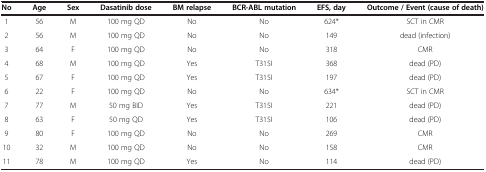
<table><thead><tr><td><b>No</b></td><td><b>Age</b></td><td><b>Sex</b></td><td><b>Dasatinib dose</b></td><td><b>BM relapse</b></td><td><b>BCR-ABL mutation</b></td><td><b>EFS, day</b></td><td><b>Outcome / Event (cause of death)</b></td></tr></thead><tbody><tr><td>1</td><td>56</td><td>M</td><td>100 mg QD</td><td>No</td><td>No</td><td>624*</td><td>SCT in CMR</td></tr><tr><td>2</td><td>56</td><td>M</td><td>100 mg QD</td><td>No</td><td>No</td><td>149</td><td>dead (infection)</td></tr><tr><td>3</td><td>64</td><td>F</td><td>100 mg QD</td><td>No</td><td>No</td><td>318</td><td>CMR</td></tr><tr><td>4</td><td>68</td><td>M</td><td>100 mg QD</td><td>Yes</td><td>T315I</td><td>368</td><td>dead (PD)</td></tr><tr><td>5</td><td>67</td><td>F</td><td>100 mg QD</td><td>Yes</td><td>T315I</td><td>197</td><td>dead (PD)</td></tr><tr><td>6</td><td>22</td><td>F</td><td>100 mg QD</td><td>No</td><td>No</td><td>634*</td><td>SCT in CMR</td></tr><tr><td>7</td><td>77</td><td>M</td><td>50 mg BID</td><td>Yes</td><td>T315I</td><td>221</td><td>dead (PD)</td></tr><tr><td>8</td><td>63</td><td>F</td><td>50 mg QD</td><td>Yes</td><td>T315I</td><td>106</td><td>dead (PD)</td></tr><tr><td>9</td><td>80</td><td>F</td><td>100 mg QD</td><td>No</td><td>No</td><td>269</td><td>CMR</td></tr><tr><td>10</td><td>32</td><td>M</td><td>100 mg QD</td><td>No</td><td>No</td><td>158</td><td>CMR</td></tr><tr><td>11</td><td>78</td><td>M</td><td>100 mg QD</td><td>Yes</td><td>No</td><td>114</td><td>dead (PD)</td></tr></tbody></table>